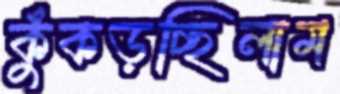
কুঁকড়চ্ছিলাম